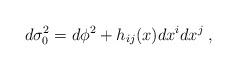
LaTeX: \begin{align*}d\sigma _{0}^{2}=d\phi ^{2}+h_{ij}(x)dx^{i}dx^{j}\;, \end{align*}